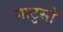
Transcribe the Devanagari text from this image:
गाटुसो